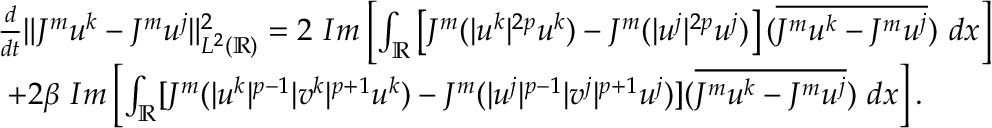
\begin{array} { r l } & { \frac { d } { d t } \| J ^ { m } u ^ { k } - J ^ { m } u ^ { j } \| _ { L ^ { 2 } ( \mathbb { R } ) } ^ { 2 } = 2 \ I m \left[ \int _ { \mathbb { R } } \left[ J ^ { m } ( | u ^ { k } | ^ { 2 p } u ^ { k } ) - J ^ { m } ( | u ^ { j } | ^ { 2 p } u ^ { j } ) \right] ( \overline { { J ^ { m } u ^ { k } - J ^ { m } u ^ { j } } } ) \ d x \right] } \\ & { \ + 2 \beta \ I m \left[ \int _ { \mathbb { R } } [ J ^ { m } ( | u ^ { k } | ^ { p - 1 } | v ^ { k } | ^ { p + 1 } u ^ { k } ) - J ^ { m } ( | u ^ { j } | ^ { p - 1 } | v ^ { j } | ^ { p + 1 } u ^ { j } ) ] ( \overline { { J ^ { m } u ^ { k } - J ^ { m } u ^ { j } } } ) \ d x \right] . } \end{array}